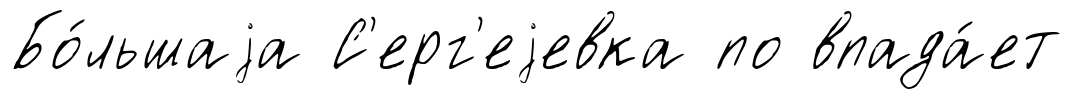
Бо́льшаjа С'ерг'еjевка по впада́ет